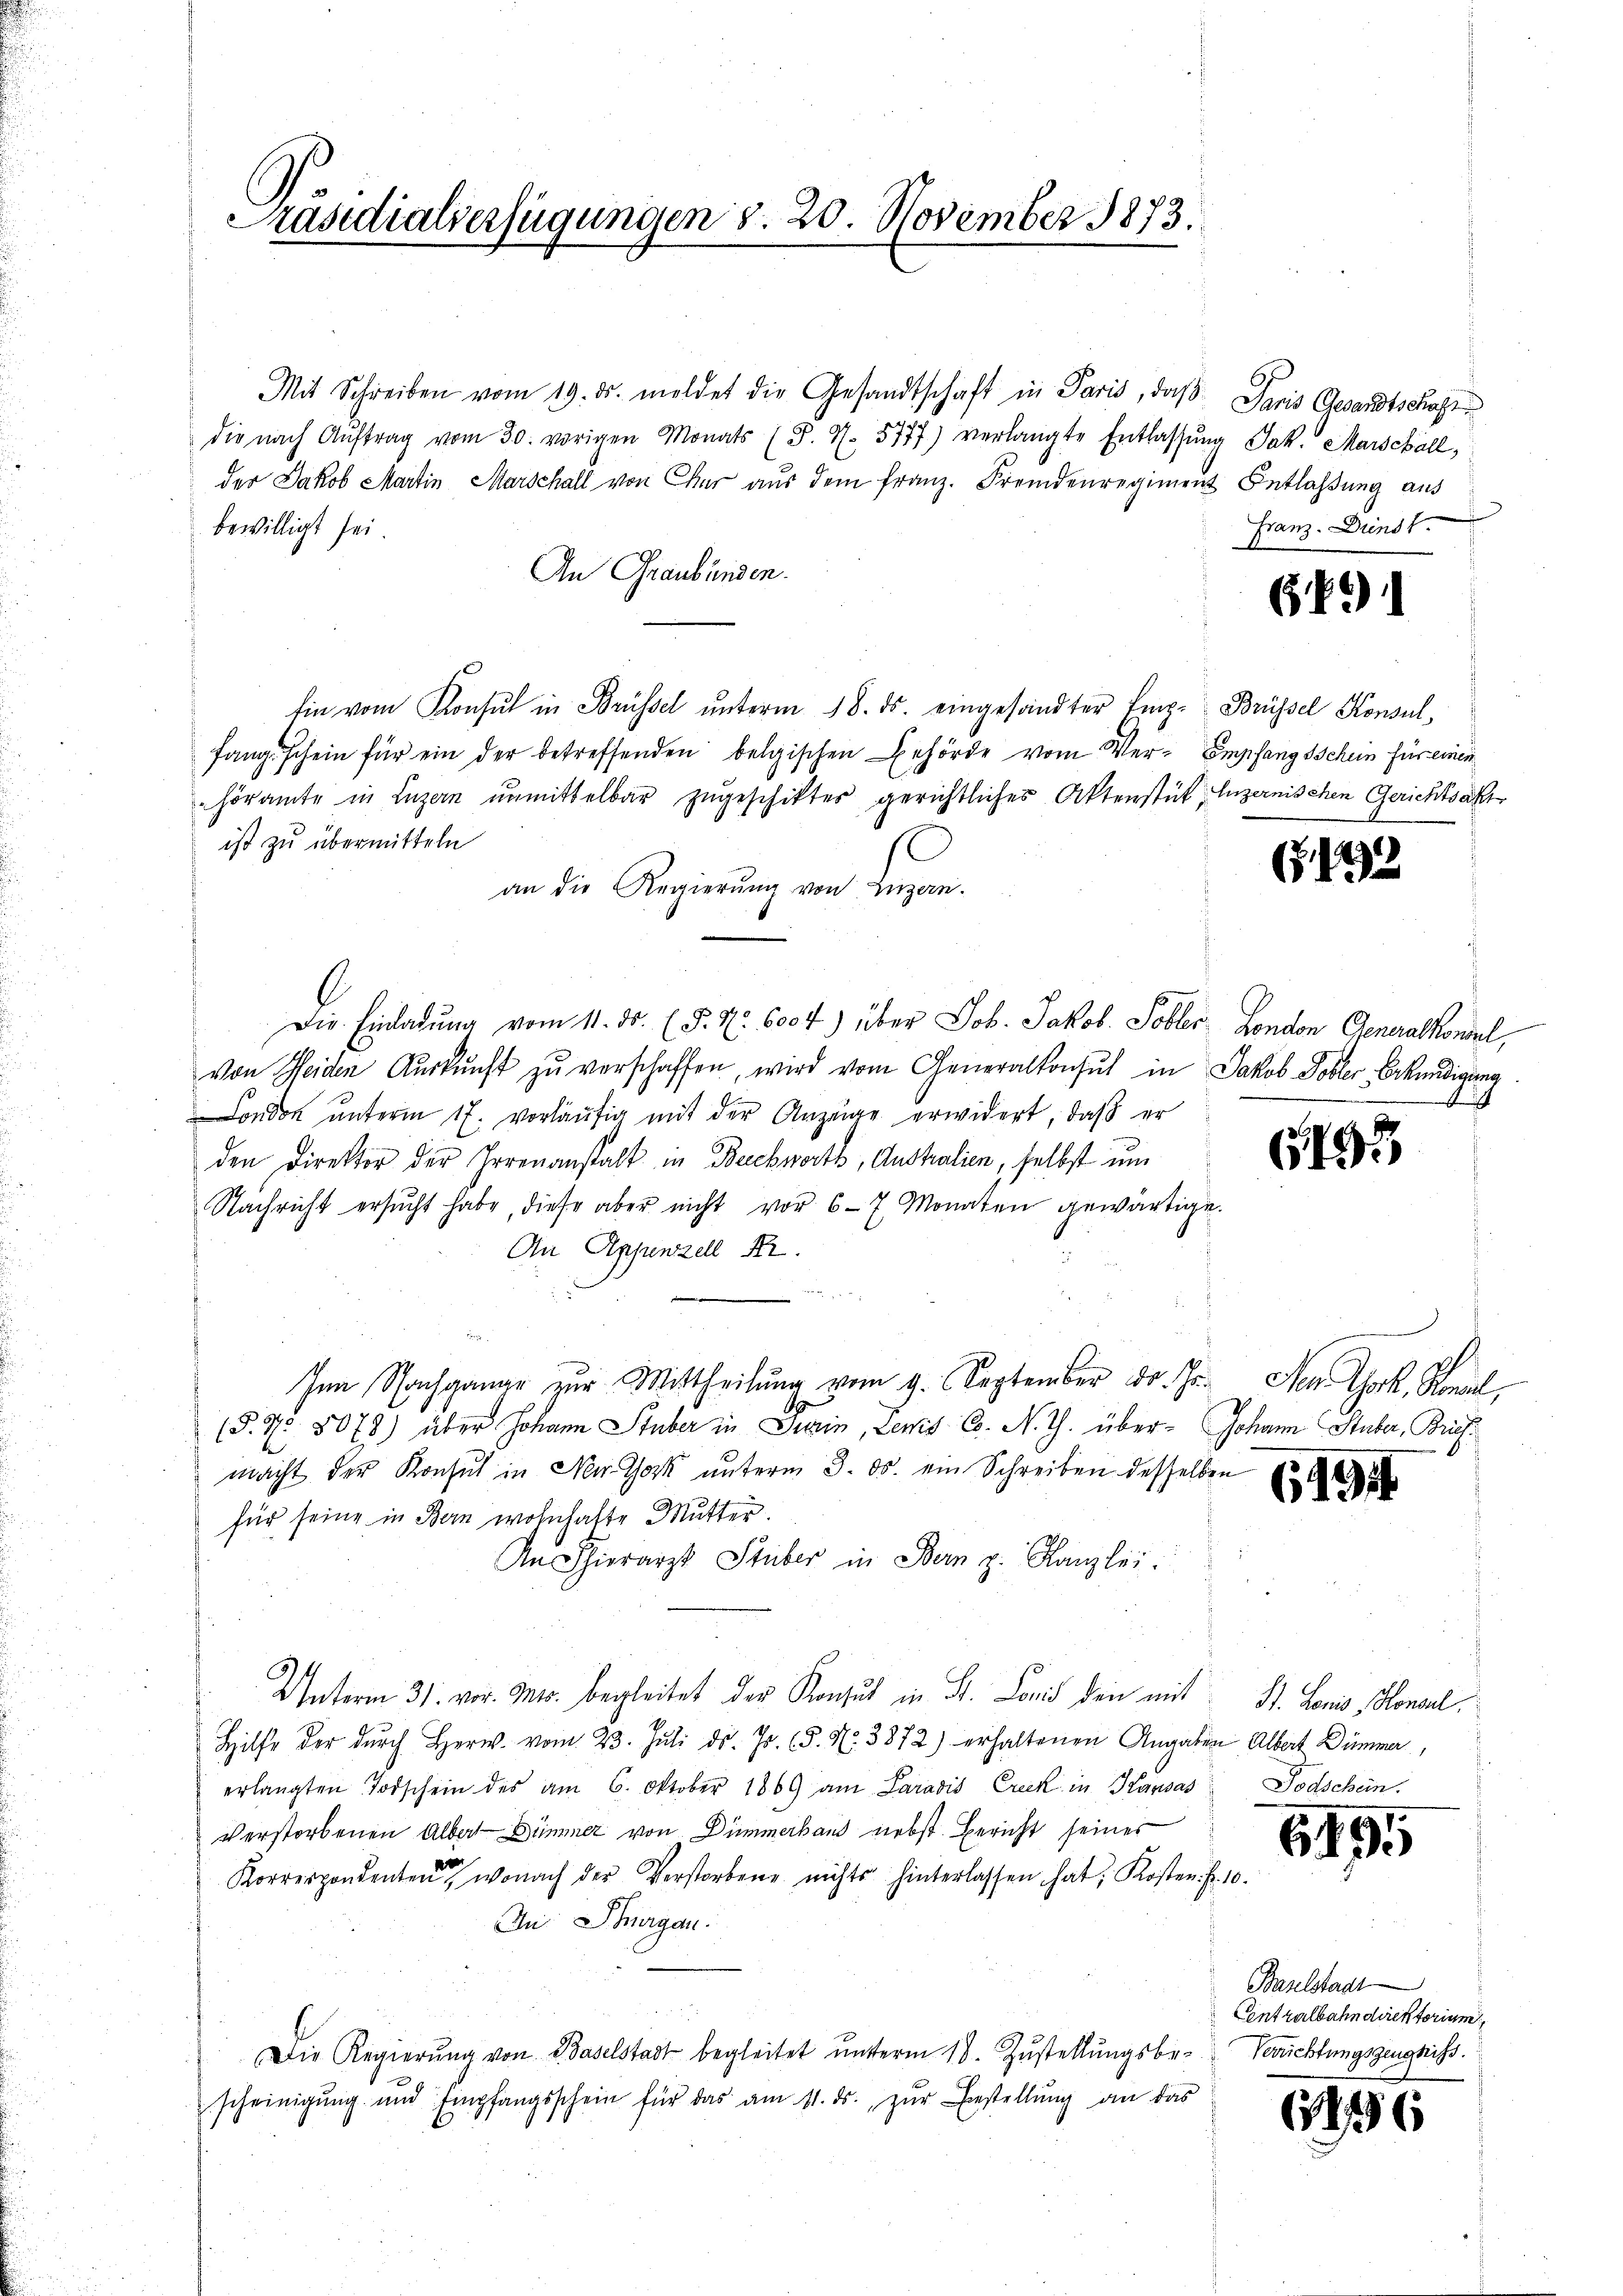
Präsidialverfügungen d. 20. November 1873.

Mit Schreiben vom 19. ds. meldet die Gesandtschaft in Paris, daβ Paris Gesandtschaft
die nach Aŭftrag vom 30. vorigen Monats (T. 4. 5777) verlangte Entlassŭng Jak. Marschall,
der Jakob Martin Marschall von der aŭs dem franz. Fremdenregiment Entlaßung aus
bewilligt sei.
An Graubünden.
fin vom Konsul in Brüssel ŭnterm 18. ds. eingesandter Emp- Brüssel Konsul
fang schein für ein der betreffenden belgischen Behörde vom Ver- Empfang Schein für einen
höramte in Luzern ŭnmittelbar zŭgeschiktes gerichtliches Aktenstück, luzernischen Gerichtsakt
ist zu übermitteln
an die Regierung von Luzern.
Die Einladŭng vom 11. ds. (§. Nr. 600 f.) über Job. Jakob. Tobler London Generalkonsul,
von Heiden Aŭskŭnft zŭ verschaffen, wird vom Generalkonsul in Jakob Kobler Erkundigung
ondon unterm 17. vorläŭfig mit der Anzeige erwidert, daß er
den Direktor der Irrenanstalt in Beichworts, Australien, selbst um
Nachricht ersucht habe, diese aber nicht vor 6-7 Monaten gewärtige.
An Appenzell A.
Ien Nachgange zur Mittheilung vom 9. September dr. Js. New York, Konal,
(§. N. 8078) über Johann Stuber in Gerin, Levis Co. N. Z. über- Johann Stuber, Briefmacht der Konsul in Nothok unterm 3. ds. ein Schreiben desselbe
für seine in Bern wohnhafte Mutter.
An Thierarzt Stüber in Bern z. Kanzlei.
Unterm 31. vor. Mts. begleitet der Konsul in St. Land den mit
Hilfe der dŭrch Herw. vom 23. Juli d. Js. (d. N. 3872) erhaltenen Angaben Albert Dümmer,
erlangten Todschein des am 6. Oktober 1869 am Paradis Creck in Kausas
verstorbenen Albert Dümmer von Dümmerhaus nebst Bericht seines
Korrespondenten, wonach der Verstorbene nichts hinterlassen hat, Kosten Fr. 10.
An Thurgau.
Die Regierŭng von Baselstadt begleitet ŭnterm 18. Zŭstellŭngsbe-
scheinigŭng und Empfangsschein für das am 11. ds. zŭr Bestellŭng an das

Franz-Dunst.

1

6491

17

d
61

6194

St. Louis Konsul
Todschein.

6191

Baselstadt
Centralbahndirektorium
Verrichtungszeugniss

1786